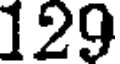
129